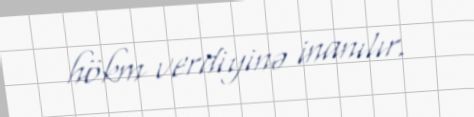
hökm verdiyinə inanılır.